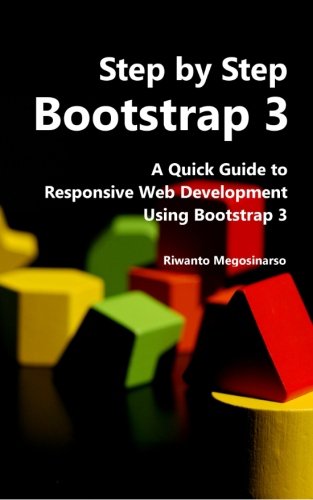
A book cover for Step By Step Bootstrap 3: A Quick Guide to Responsive Web Development Using Bootstrap 3; Riwanto Megosinarso; Computers & Technology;